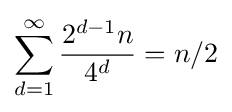
\sum _{d=1}^{\infty }{\frac {2^{d-1}n}{4^{d}}}=n/2